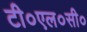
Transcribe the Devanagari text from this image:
टी०एल०सी०